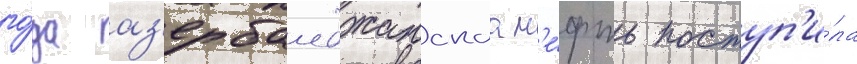
го́да аз'ербаиджанскаа н'е́фть поступ'и́ла